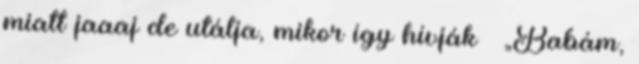
miatt jaaaj de utálja, mikor így hívják – „Babám,